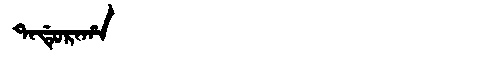
Manchu: ᡨᠠᡩᡠᡵᠠᡥᠠ
Romanization: TADURAHA